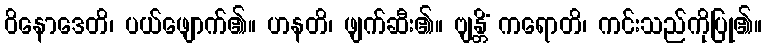
ဝိနောဒေတိ၊ ပယ်ဖျောက်၏။ ဟနတိ၊ ဖျက်ဆီး၏။ ဗျန္တိံ ကရောတိ၊ ကင်းသည်ကိုပြု၏။